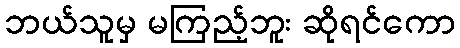
ဘယ်သူမှ မကြည့်ဘူး ဆိုရင်ကော